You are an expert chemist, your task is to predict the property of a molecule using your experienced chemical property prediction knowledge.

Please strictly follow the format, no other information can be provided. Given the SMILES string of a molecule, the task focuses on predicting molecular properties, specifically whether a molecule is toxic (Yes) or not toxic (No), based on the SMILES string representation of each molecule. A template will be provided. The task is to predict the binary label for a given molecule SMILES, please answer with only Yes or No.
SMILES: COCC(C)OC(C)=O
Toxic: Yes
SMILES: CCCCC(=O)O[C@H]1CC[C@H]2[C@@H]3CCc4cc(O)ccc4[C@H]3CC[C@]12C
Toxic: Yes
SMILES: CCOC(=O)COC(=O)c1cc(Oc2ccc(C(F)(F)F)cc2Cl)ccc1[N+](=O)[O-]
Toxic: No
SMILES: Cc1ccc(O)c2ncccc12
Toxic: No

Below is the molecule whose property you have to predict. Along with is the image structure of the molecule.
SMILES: NC(CS)C(=O)O
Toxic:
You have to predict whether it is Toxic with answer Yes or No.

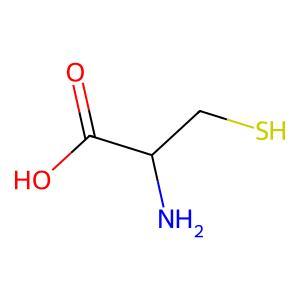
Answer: No